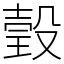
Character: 瑴